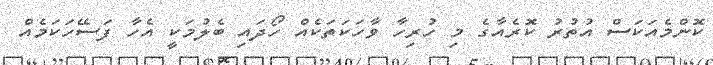
ކޮންމެއަކަސް އުތުރު ކޮރެއާގެ މި ހުރިހާ ވާހަކަތަކެއް ހޯދައި ބެލުމަކީ އެހާ ފަސޭހަކަމެއް